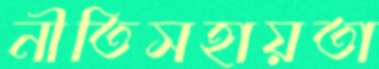
নীতিসহায়তা